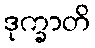
ဒုက္ခာတိ